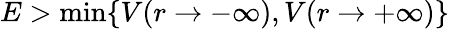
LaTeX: E>\min\{ V(r\to-\infty),V(r\to+\infty)\}